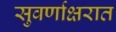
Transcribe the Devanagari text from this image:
सुवर्णाक्षरात